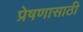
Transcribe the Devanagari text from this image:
प्रेषणासाठी